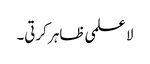
لا علمی ظاہر کرتی۔